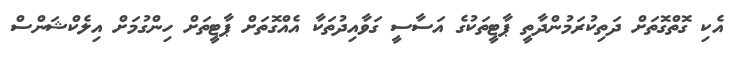
އެކި ގޮތްގޮތަށް ދަތިކުރަމުންދާތީ ޕާޓީތަކުގެ އަސާސީ ގަވާއިދުތަކާ އެއްގޮތަށް ޕާޓީތަށް ހިންގުމަށް އިލެކްޝަންސް